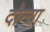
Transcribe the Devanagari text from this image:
दोन्या